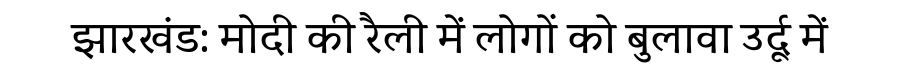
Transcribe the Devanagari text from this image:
झारखंड: मोदी की रैली में लोगों को बुलावा उर्दू में